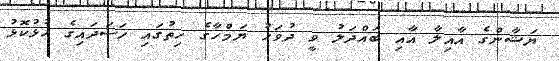
ޔަޝާންގެ އާއިލާ އާއި ބައްދަލު ވީ ދުވަހު ޔަމްހާގެ ހިތުގައި ހަސަދައިގެ ހުޅުކޮޅު